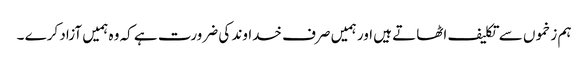
ہم زخموں سے تکلیف اٹھاتے ہیں اور ہمیں صرف خداوند کی ضرورت ہے کہ وہ ہمیں آزاد کرے ۔